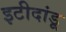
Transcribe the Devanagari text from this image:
इटीदांडू